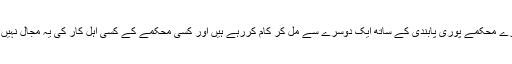
غرض یہ ساری دنیا جس میں آپ جی رہے ہیں، یہ صرف اسی وجہ سے قائم ہے کہ اس عظیم الشان سلطنت کے سارے محکمے پوری پابندی کے ساتھ ایک دوسرے سے مل کر کام کررہے ہیں اور کسی محکمے کے کسی اہل کار کی یہ مجال نہیں ہے کہ اپنی ڈیوٹی سے ہٹ جائے یا ضابطہ کے مطابق دوسرے محکموں کے اہلکاروں سے اشتراک عمل نہ کرے۔